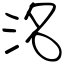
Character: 洺